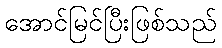
အောင်မြင်ပြီးဖြစ်သည်